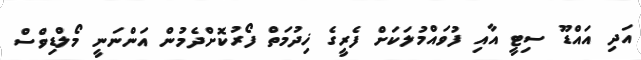
އަދި އައްޑޫ ސިޓީ އާއި ފުވައްމުލަކަށް ފެރީގެ ޚިދުމަތް ފޯރުކޮށްދެމުން އަންނަނީ މޯލްޑިވްސް